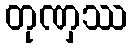
တုဏှဿ